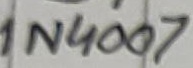
Text: 1N4007